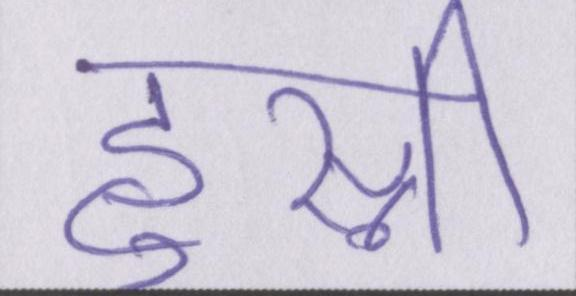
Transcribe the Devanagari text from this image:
हुस्नी